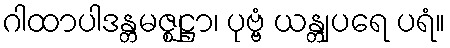
ဂါထာပါဒန္တမဇ္ဈဋ္ဌာ၊ ပုဗ္ဗံ ယန္တျပရေ ပရံ။